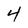
Character: 4